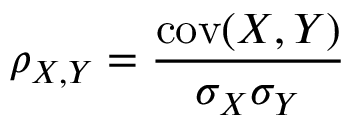
\rho _ { X , Y } = { \frac { \operatorname { c o v } ( X , Y ) } { \sigma _ { X } \sigma _ { Y } } }